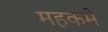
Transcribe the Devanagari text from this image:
महकमें